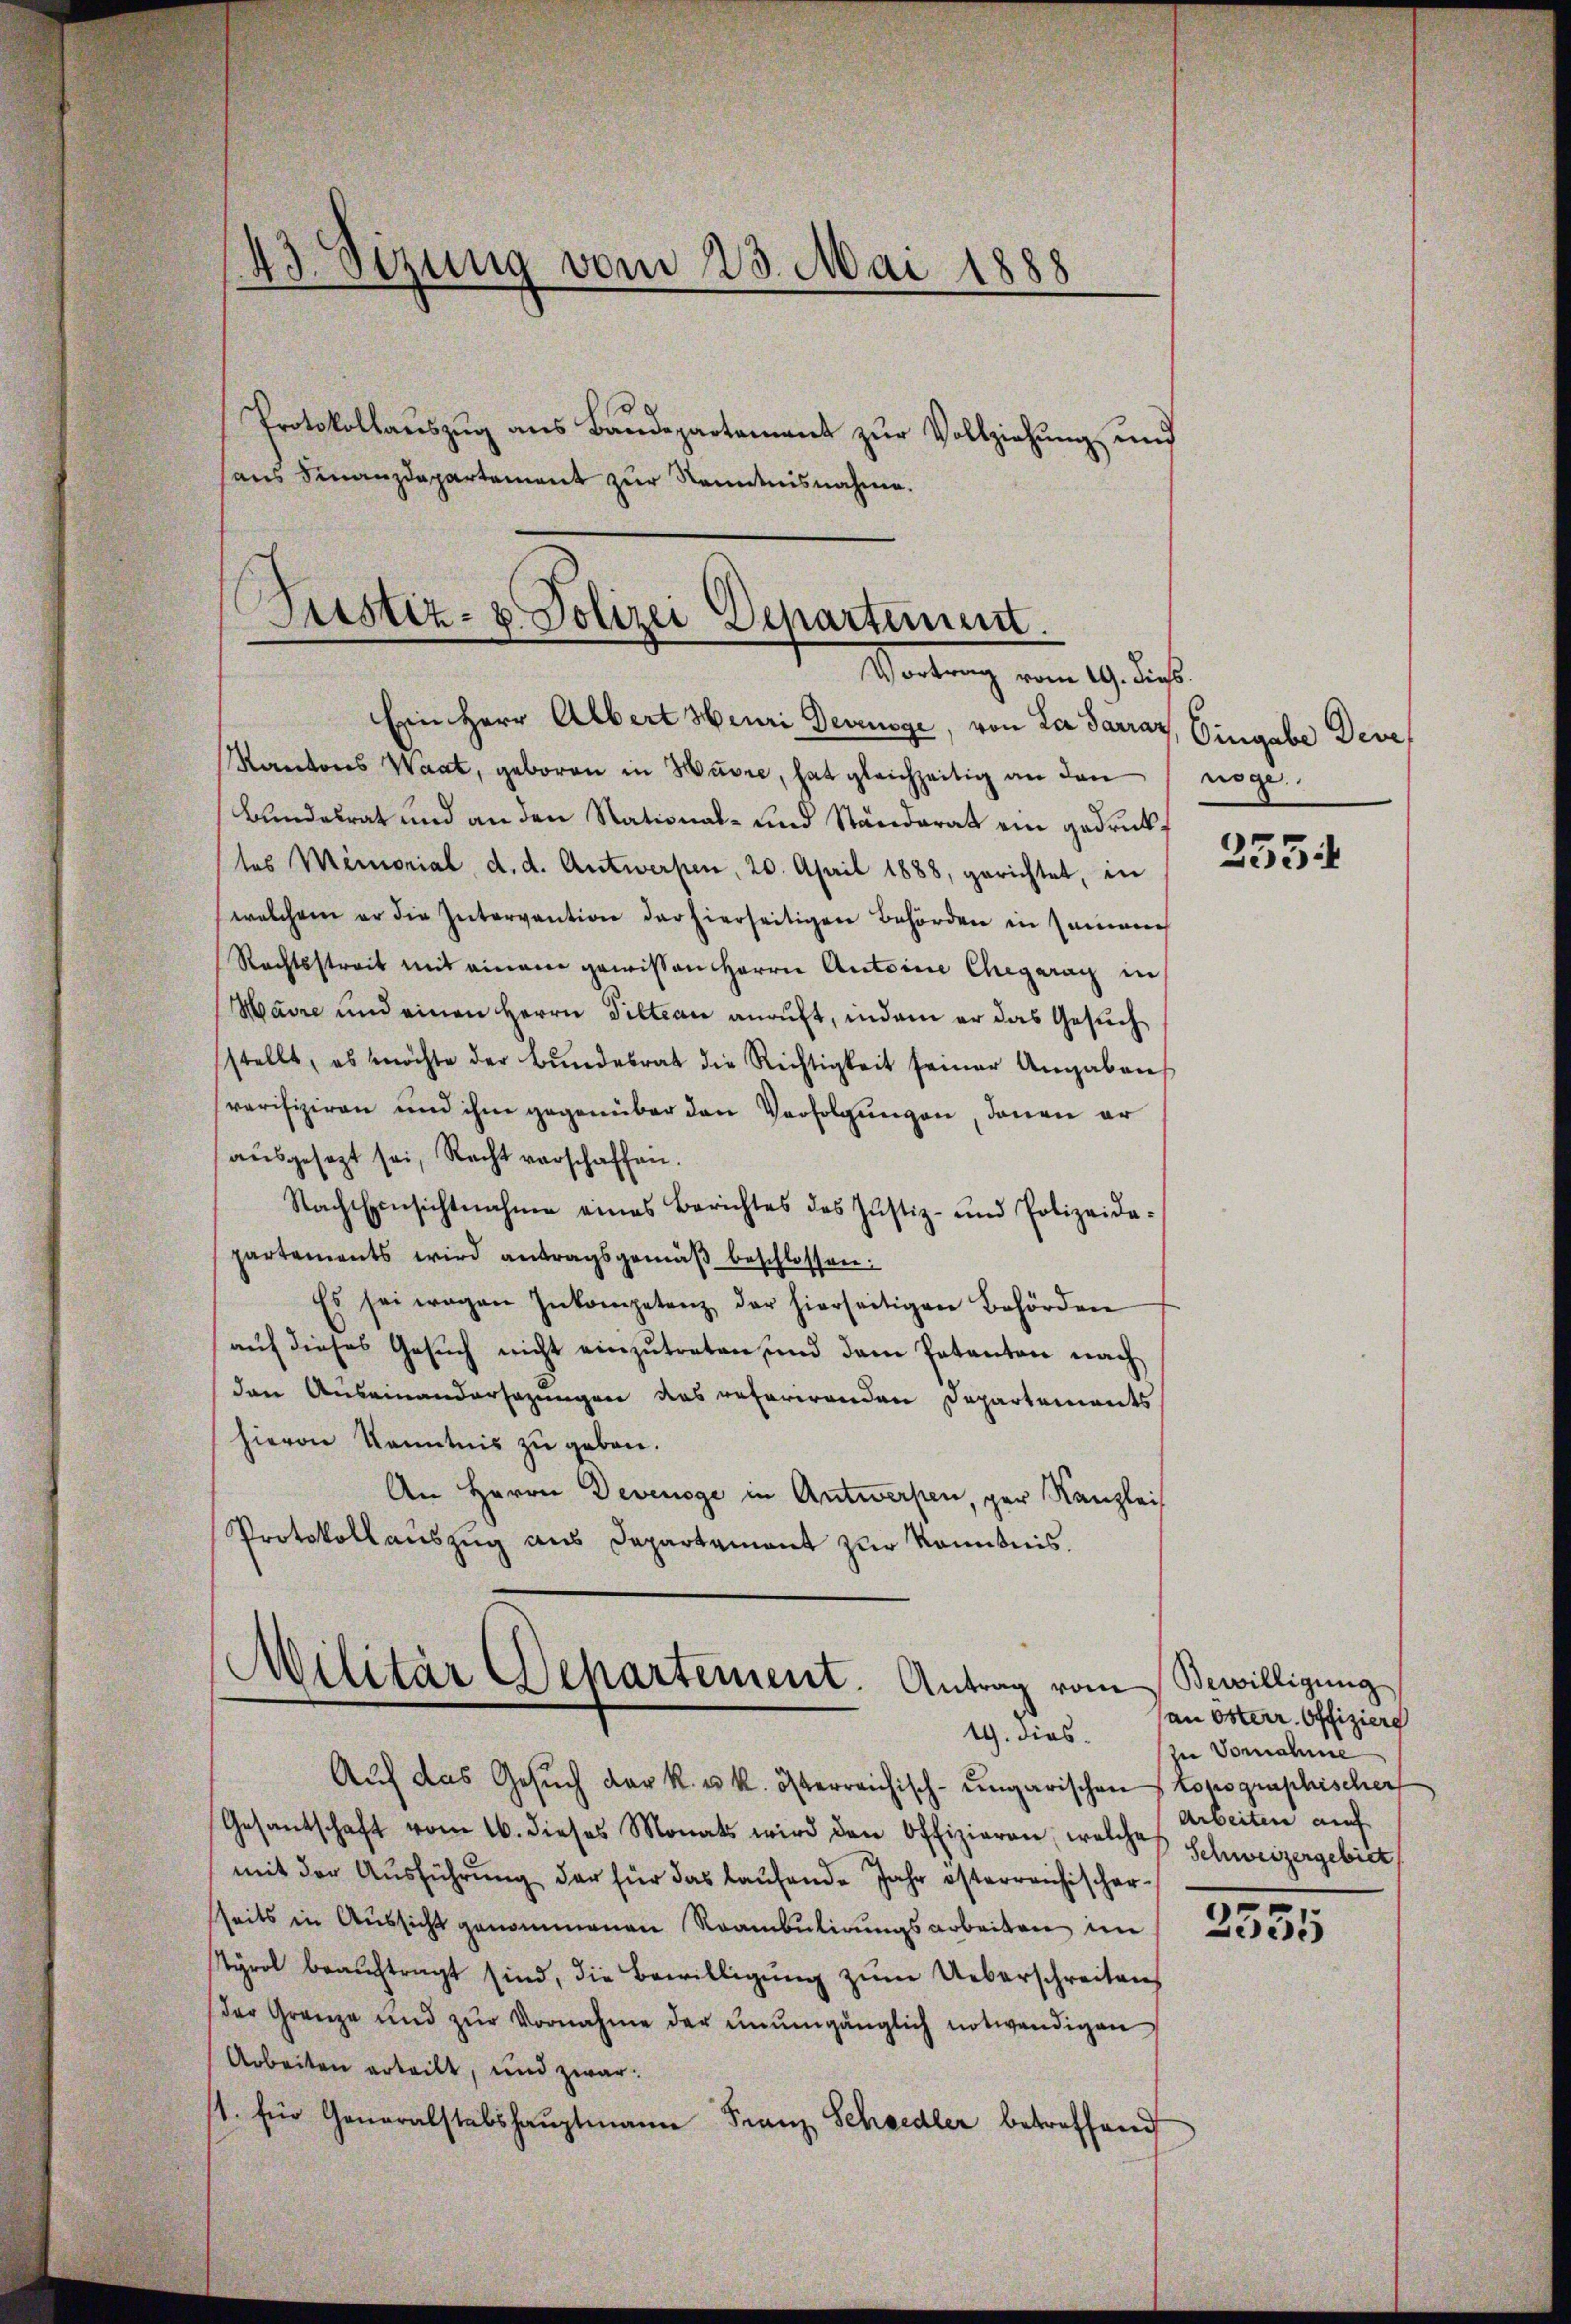
43. Sizung vom 23. Mai 1888
Protokollauszug aus Baudepartement zur Vollziehung und
haus Finanzdepartement zur Kenntnisnahme.

Justiz- & Polizei Departement.
Wartung vom 19. dieß.

Ein Herr Albert Heuri Devinoge, von La Sarraz, Eingabe Deve
Kantons Waat, geboren in Havre, hat gleichzeitig an den
Bundesrat und an den National- und Ständerat ein gedruckt
tes Memorial d. d. Antwerfen, 20. April 1888, gerichtet, in
welchem er die Intervantion der hierseitigen Behörden in seinanc
Rechtsstreit mit einem gewissen Herrn Antoine Chegaran in
Maire und einen Herrn Seltern anruft, indem er das Gesuch
stellt, es möchte der Bŭndesrat die Richtigkeit seiner Angaben
verifiziren und ihm gegenüber den Verfolgungen, denen er
aŭsgesezt sei, Recht verschaffen.
Nach Einsichtnahme eines Berichtes des Justiz- und Polizeide-
partements wird antragsgemäβ beschlossen:
Es sei wegen Inkompetenz der hierseitigen Behörden
auf dieses Gesuch nicht einzutreten und dem Petenten nach
den Auseinandersezungen das referirenden Departements
hievon Kenntnis zu geben.
An Herrn Devenoge in Antworfen, per Kanzlei
Protokoll auszug aus Departamant zur Kenntnis.

Militär Departement. Antrag vom
19. dies

nöge

Auf das Gesuch der k. u. k. österreichisch-ungarischen Lopographischer
Gesantschaft vom 16. dieses Monats wird den Offizieren, welches Schweizergebiet
mit der Ausführung der für das laufende Jahr österreichischer
seits in Aŭssicht genommenen Rambŭlirŭngsarbeiten im 52555
styrol beaŭftragt sind, die Bewilligŭng zŭm Ueberschreiten
(der Grenze und zŭr Vornahme der unumgänglich notwendigen
Arbeiten erteilt, und zwar:
1. für Generalstabshauptmann Franz Schaedler betreffend

2554

Bewilligung
an österr. Offiziere
In Vornahme
Arbeiten auf